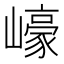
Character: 㠙